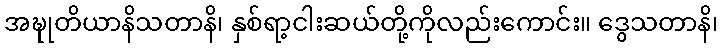
အဍ္ဎုတိယာနိသတာနိ၊ နှစ်ရာ့ငါးဆယ်တို့ကိုလည်းကောင်း။ ဒွေသတာနိ၊